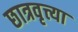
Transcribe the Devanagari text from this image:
छात्रवृत्त्या